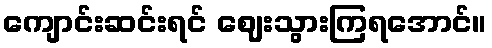
ကျောင်းဆင်းရင် ဈေးသွားကြရအောင်။